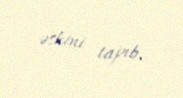
əskini tapıb.